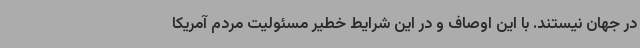
در جهان نیستند. با این اوصاف و در این شرایط خطیر مسئولیت مردم آمریکا